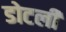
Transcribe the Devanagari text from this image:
डोटली